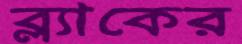
ব্ল্যাকের